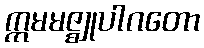
ဣမမဇ္ဈုပါဂတော